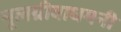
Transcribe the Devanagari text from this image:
मूलग्रीवाधमनी